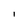
Character: l